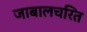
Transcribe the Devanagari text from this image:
जाबालचरित